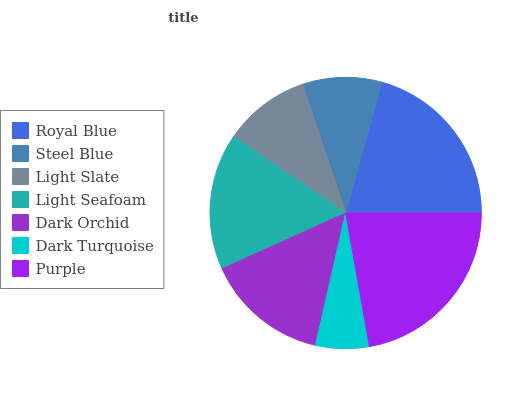
| Royal Blue | Steel Blue | Light Slate | Light Seafoam | Dark Orchid | Dark Turquoise | Purple |
 | --- | --- | --- | --- | --- | --- | --- |
 | 20.7% | 9.42% | 10.4% | 16.2% | 14.7% | 6.36% | 22.3% |